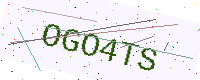
Text: OGO4TS